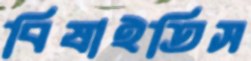
বিষাইতিস